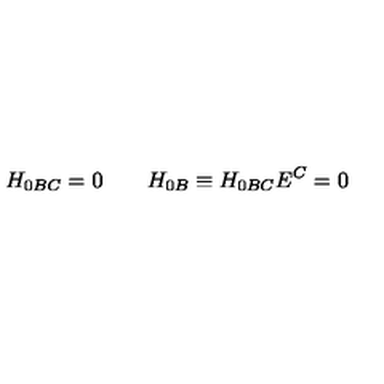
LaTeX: H _ { 0 B C } = 0 \qquad H _ { 0 B } \equiv H _ { 0 B C } E ^ { C } = 0